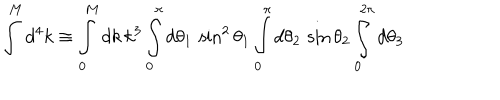
\int ^ { M } d ^ { 4 } k \equiv \int _ { 0 } ^ { M } d k \, k ^ { 3 } \int _ { 0 } ^ { \pi } d \theta _ { 1 } \, \sin ^ { 2 } \theta _ { 1 } \int _ { 0 } ^ { \pi } d \theta _ { 2 } \, \sin \theta _ { 2 } \int _ { 0 } ^ { 2 \pi } d \theta _ { 3 }